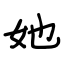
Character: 她